Suure-Kopu_vallavalitsus, lk 62
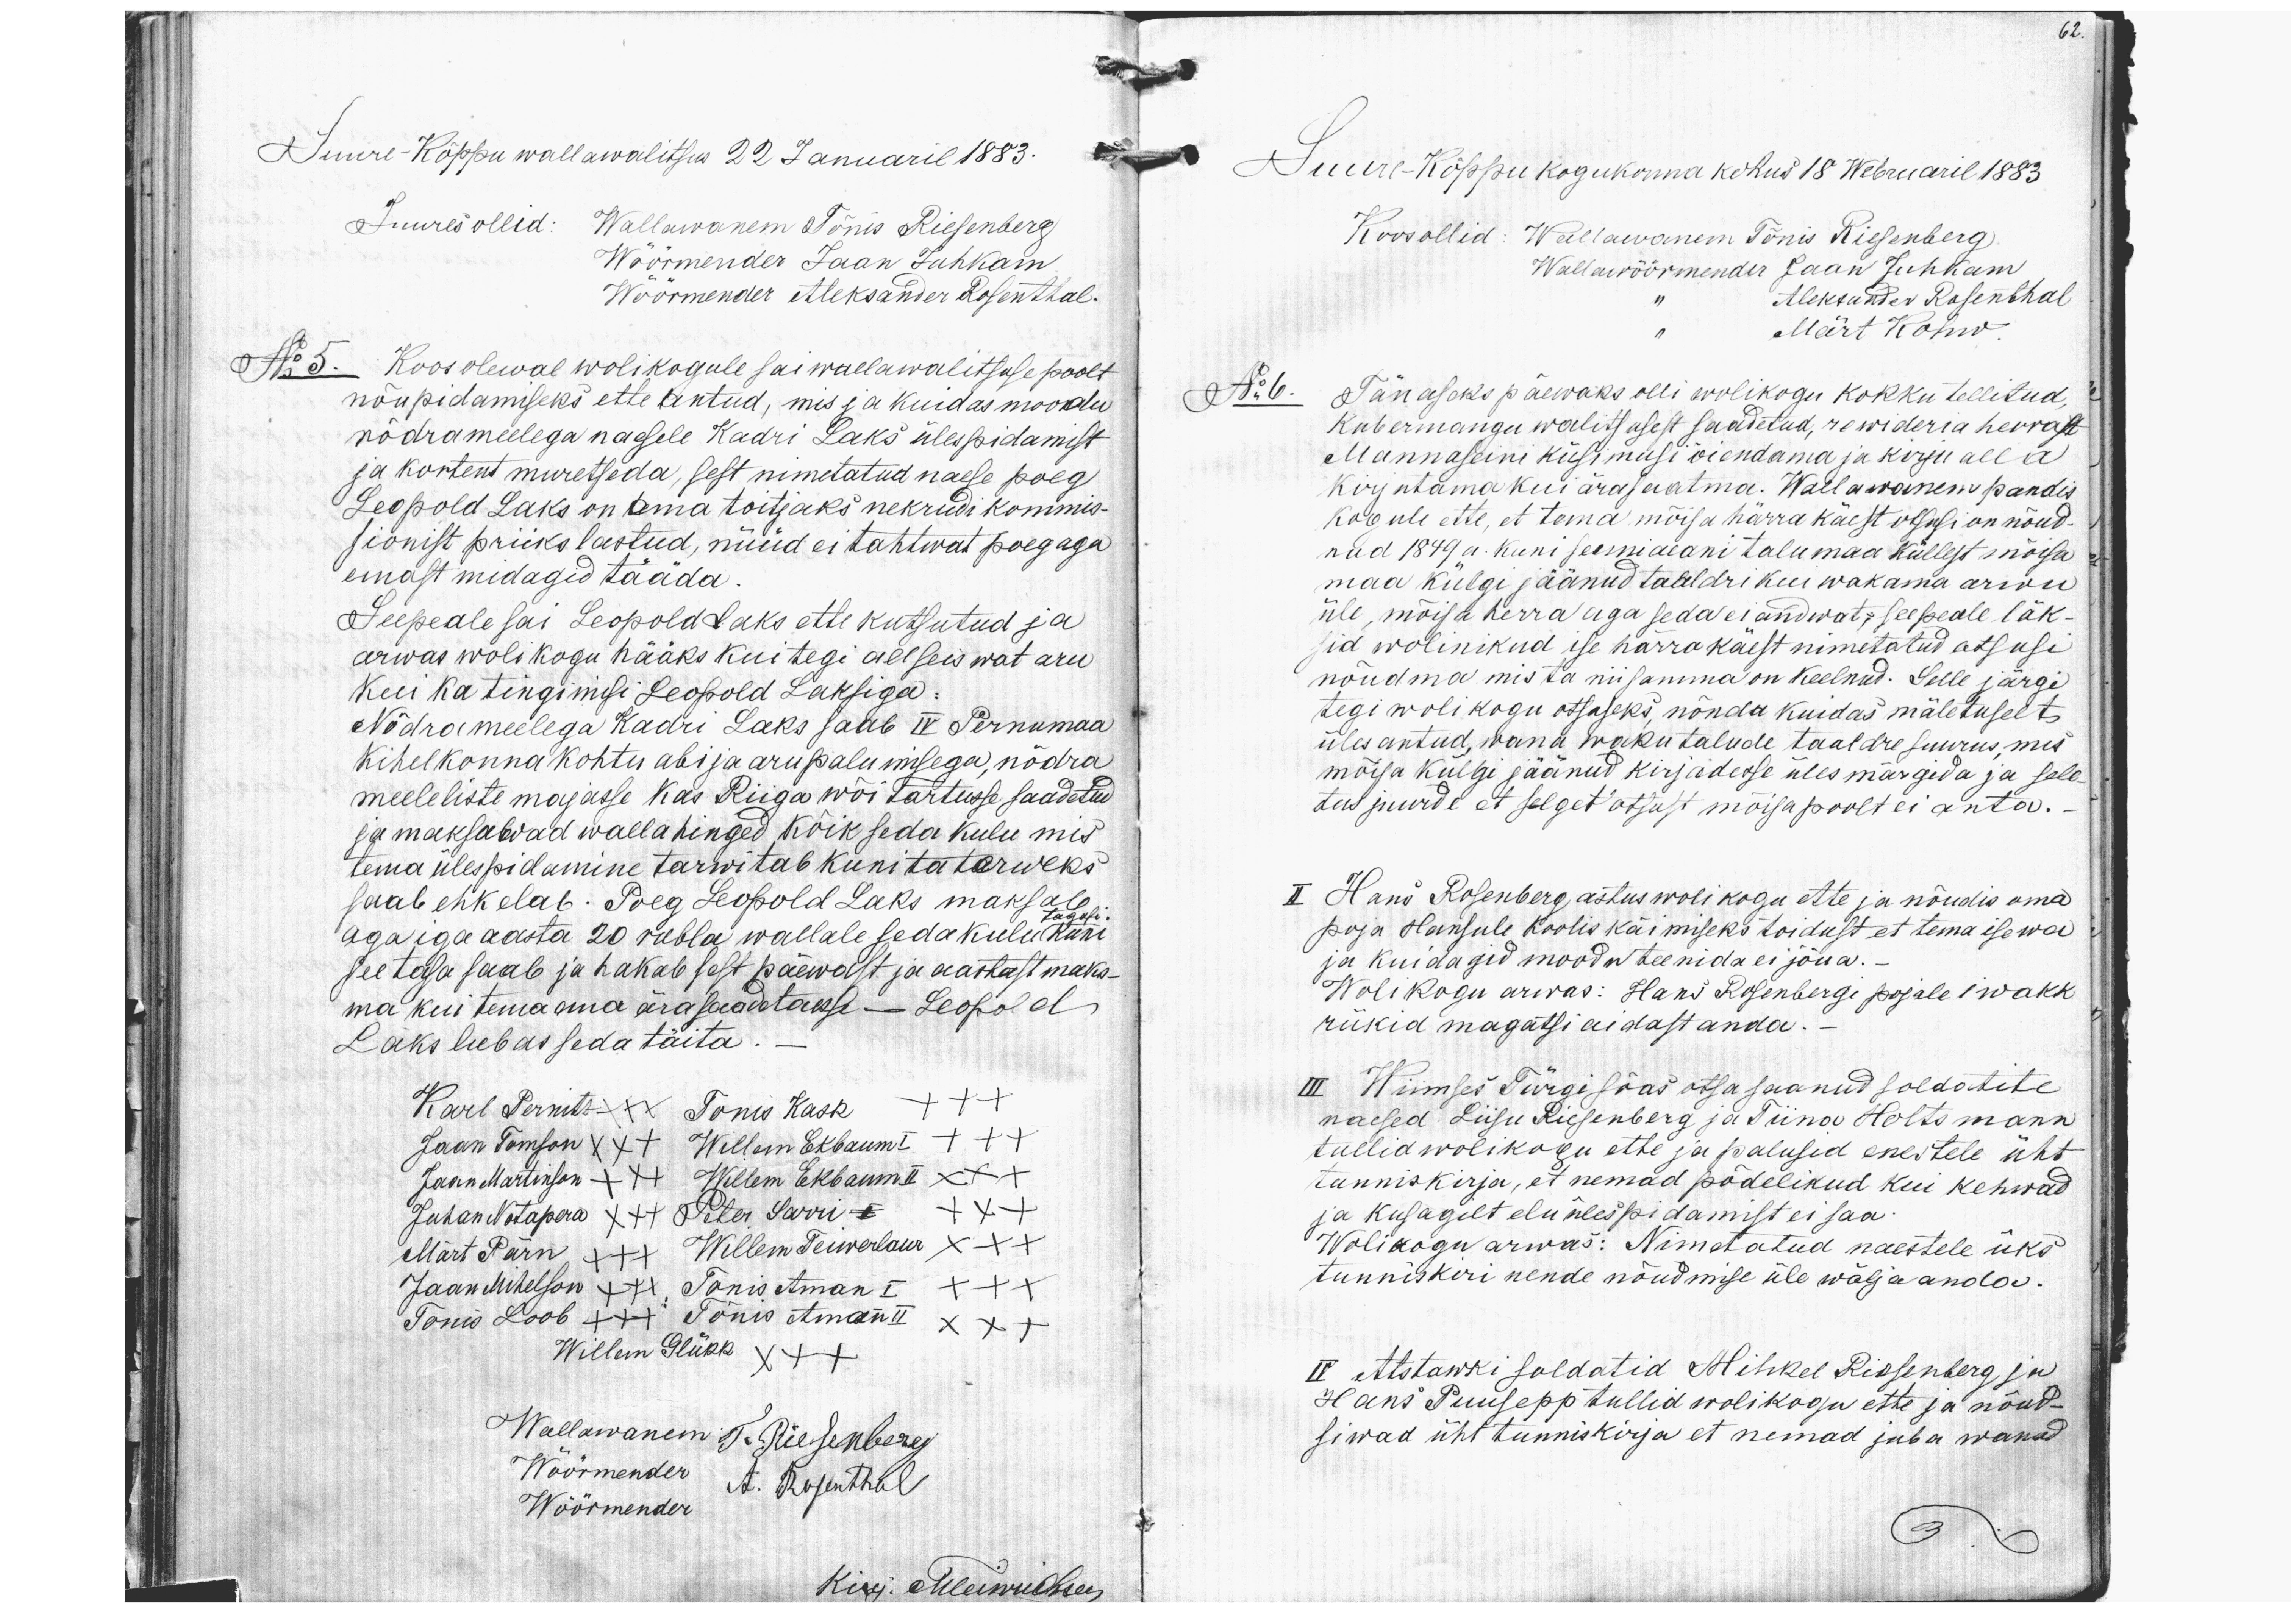
62.

Suure-Kõppu wallawalitsus 22 Januaril 1883.
Juures ollid: Wallawanem Tõnis Riesenberg
Wöörmender Jaan Juhkam
Wöörmender Aleksander Rosenthal-
No 5. Koos olewal wolikogule sai wallawalitsuse poolt
nõupidamiseks ette antud, mis ja kuidas moodu
nõdrameelega naesele Kadri Laks ülespidamist
ja kortent muretseda, sest nimetatud naese poeg
Leopold Laks on tema toitjaks nekrudi kommis-
sionist priiks lastud, nüüd ei tahtwat poeg aga
emast midagid tääda
Seepeale sai Leopold laks ette kutsutud ja
arwas wolikogu hääks kui tegi allseiswat aru
Kui ka tingimisi Leopold Laksiga:
Nõdrameelega Kadri Laks saab IV Pernumaa
kihelkonna kohtu abi ja arupalumisega, nõdra
meeleliste majasse kas Riiga wõi Tartusse saadetud
ja maksawad walla hinged kõik seda kulu mis
tema ülespidamine tarwitab kuni ta terweks
saab ehk elab. Poeg Leopold Laks maksab.
tagasi
aga iga aasta 20 rubla wallale seda kulu kuni
see tasa saab ja hakab sest päewast ja aastast maks-
ma kui tema ema ärasaadatakse - Leopold
Laks lubas seda täita.
Karl Pernits ++x Tõnis Kask +++
Jaan Tomson xx+ Willem Ekbaum I +++
Jaan Martinson +x+ Willem Ekbaum II xx+
Juhan Notapera x++ Peter Sarri +x+
Märt Pärn +++ Willem Teiwerlaur x++
Jaan Mihelson +++ Tõnis Aman I +++
Tõnis Loob +++ Tõnis Aman II xx+
Willem Glükk x++
Wallawanem J. Riesenberg
Wöörmender A. Rosenthal
Wöörmender
Kirj. Meiwulson

Suure-Kõppu kogukonna kohus 18 Webruaril 1883
Koos ollid: Wallawanem Tõnis Riesenberg.
Wallawöörmender Jaan Juhkam
" Aleksander Rosenthal
" Märt Kohw
Tänaseks päewaks olli wolikogu kokku tellitud.
kubermangu walitsusest saadetud, rewideria herrast
Mannaseini küsimusi õiendama ja kirju alla
kirjutama kui ärasaatma. Wallawanem pandis
kogule ette, et tema mõisa härra käest otsusi on nõud-
nud 1849 a. kuni senniaeani talumaa küllest mõisa
maa külgi jäänud taaldri kui wakama arwu
üle, mõisa herra aga seda ei andwat, seepeale läk-
sid wolinikud ise härra käest nimetatud otsusi
nõudma mis ta niisamma on keelnud. Selle järgi
tegi wolikogu otsuseks, nõnda kuidas mäletuselt
üles antud, wana waku talude taaldre suurus, mis
mõisa külgi jäänud kirjadesse üles märgida ja sele
tus juurde et selget otsust mõisapoolt ei anta.
II Hans Rosenberg, astus wolikogu ette ja nõudis oma
poja Hansule koolis käimiseks toidust et tema ise wa
ja kuidagid moodu teenida ei jõua.
Wolikogu arwas: Hans Rosenbergi pojale 1 wakk
rükid magatsi aidast anda.-
III Wiimses Türgi sõas otsa saanud soldatite
naesed Liisu Riesenberg ja Tiina Holtsmann
tullid wolikogu ette ja palusid enestele üht
tunniskirja, et nemad põdelikud kui kehwad
ja kusagilt elu ülespidamist ei saa
Wolikogu arwas: Nimetatud naestele üks
tunniskiri nende nõudmise üle wälja anda.
IV Atstawki soldatid Mihkel Rissenberg ja
Hans Puusepp tullid wolikogu ette ja nõud-
siwad üht tunniskirja et nemad juba wanad

No 6.